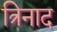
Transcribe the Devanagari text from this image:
त्रिनाद